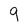
Character: q